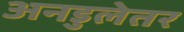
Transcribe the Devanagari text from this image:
अनडुलेतर